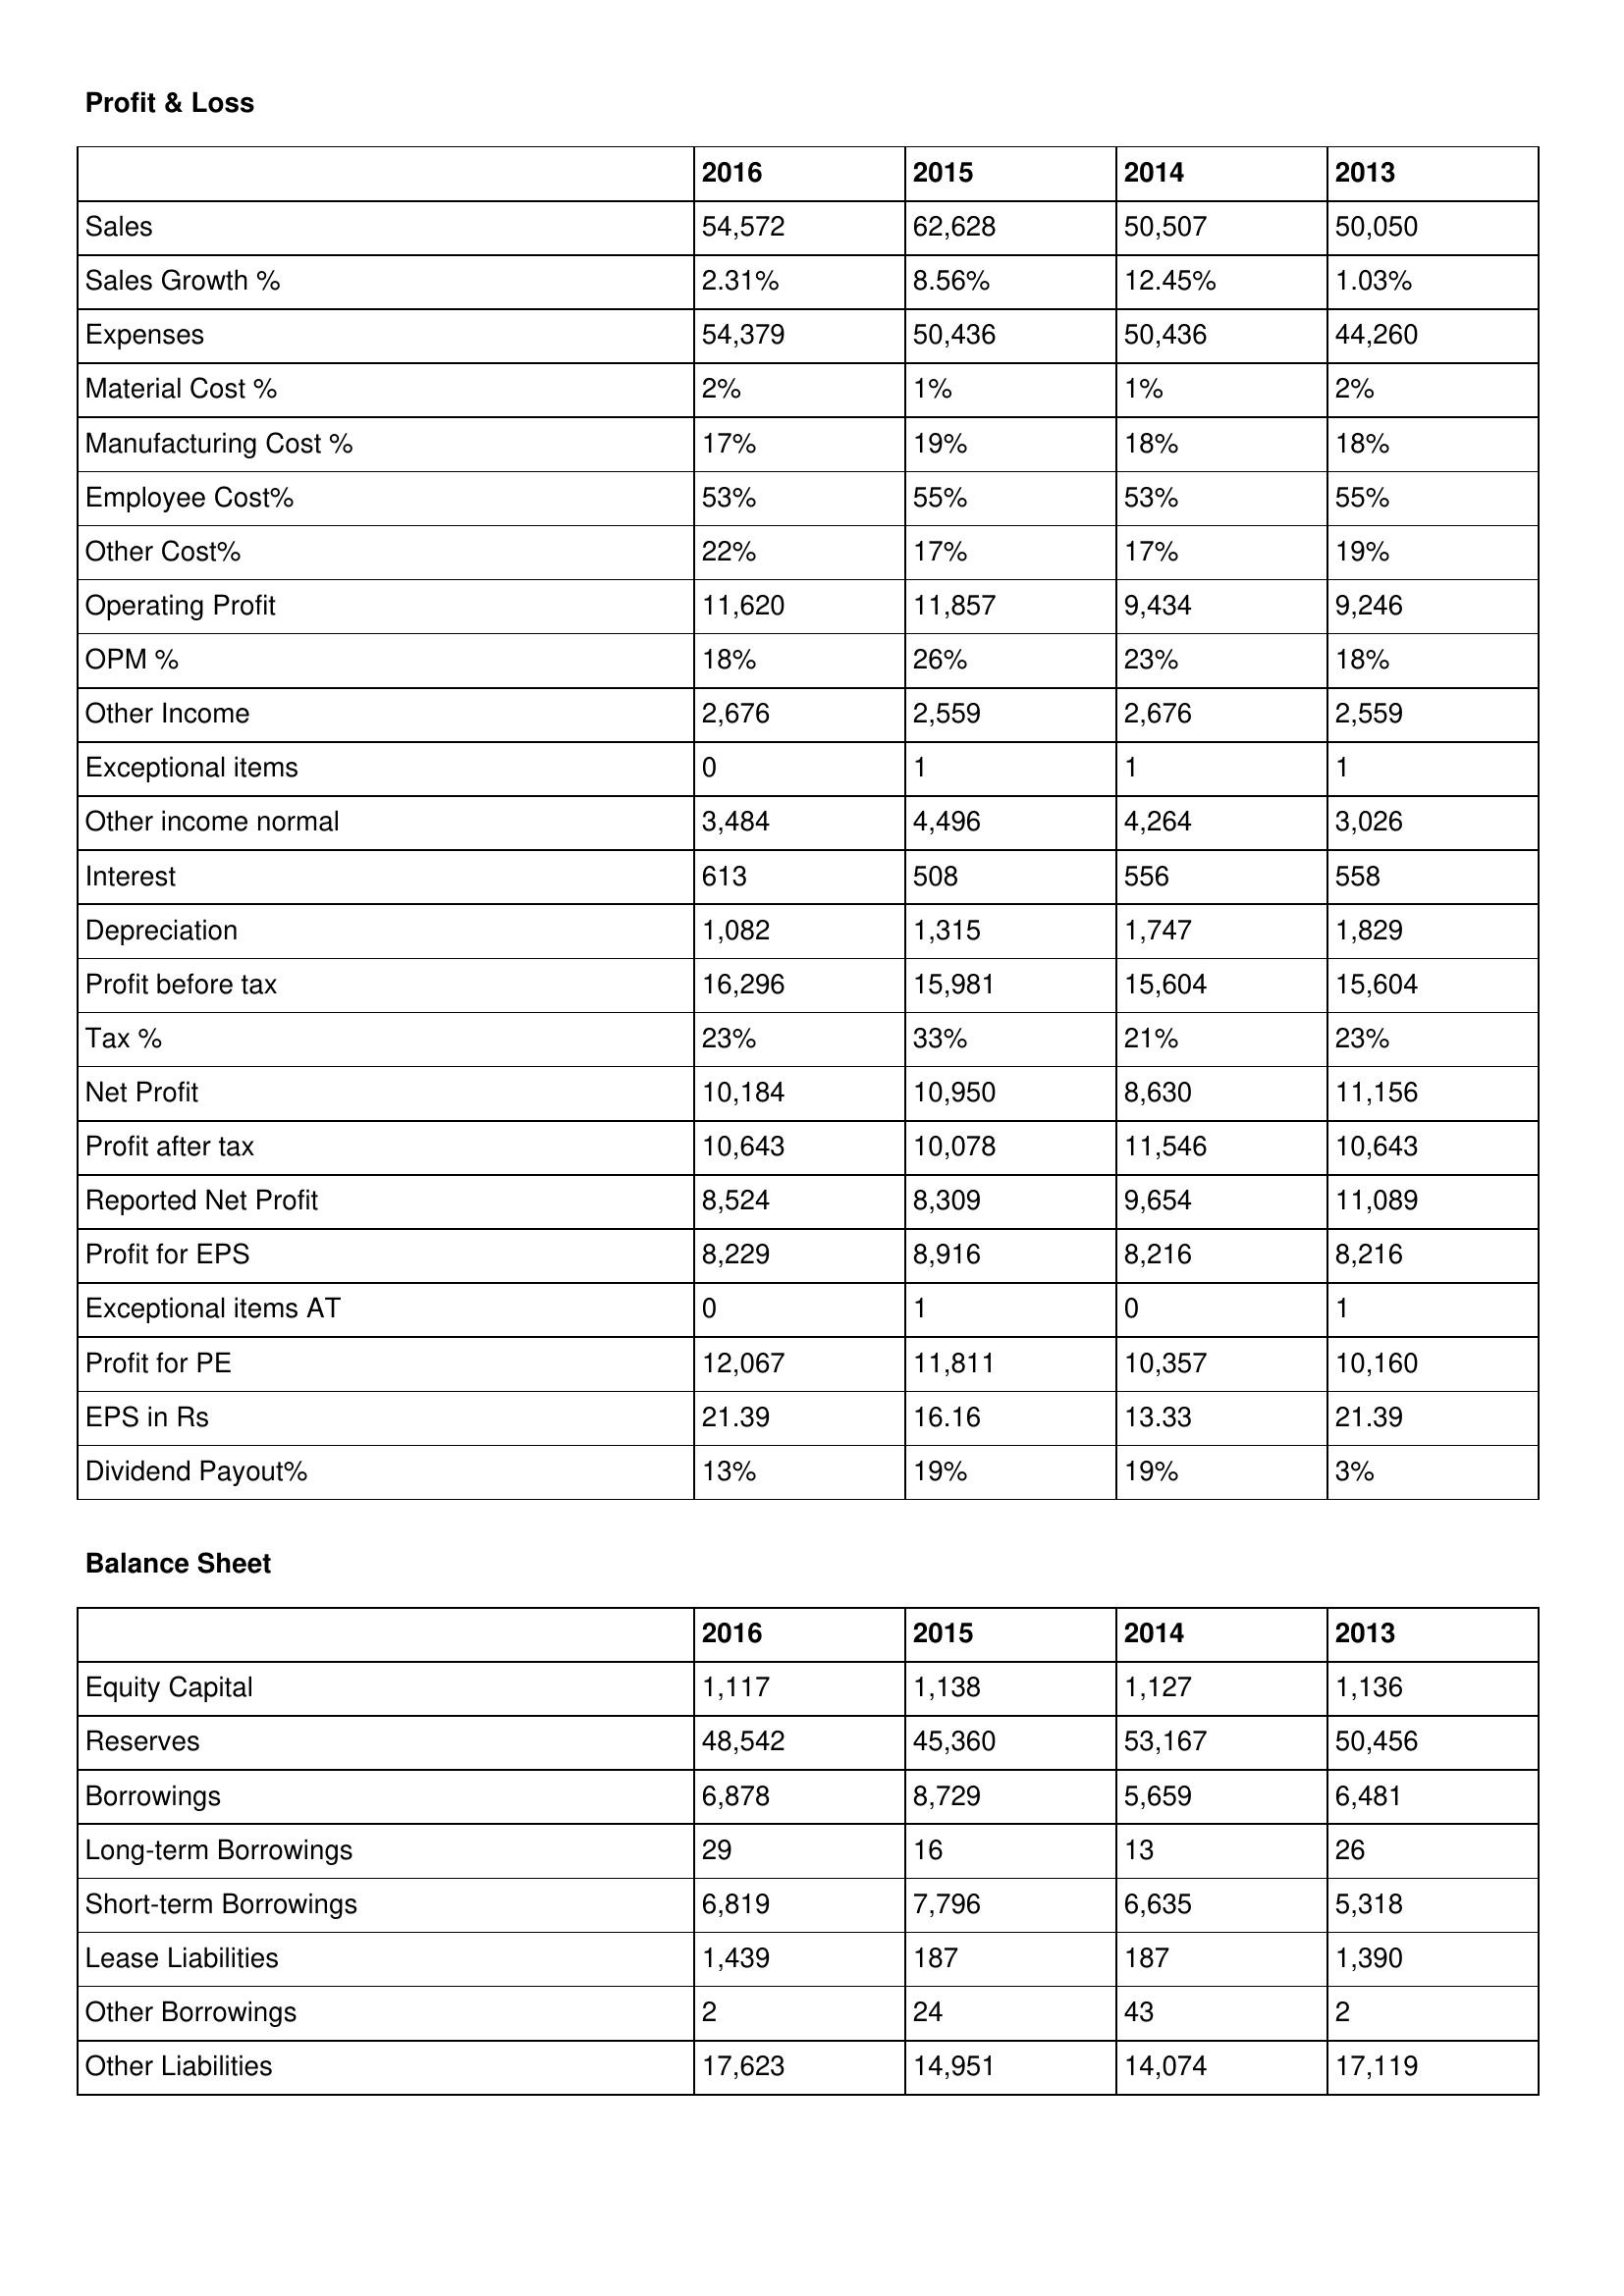
gt_parse: 2016: Profit & Loss: Sales: 54,572
Sales Growth %: 2.31%
Expenses: 54,379
Material Cost %: 2%
Manufacturing Cost %: 17%
Employee Cost%: 53%
Other Cost%: 22%
Operating Profit: 11,620
OPM %: 18%
Other Income: 2,676
Exceptional items: 0
Other income normal: 3,484
Interest: 613
Depreciation: 1,082
Profit before tax: 16,296
Tax %: 23%
Net Profit: 10,184
Profit after tax: 10,643
Reported Net Profit: 8,524
Profit for EPS: 8,229
Exceptional items AT: 0
Profit for PE: 12,067
EPS in Rs: 21.39
Dividend Payout%: 13%
Balance Sheet: Equity Capital: 1,117
Reserves: 48,542
Borrowings: 6,878
Long-term Borrowings: 29
Short-term Borrowings: 6,819
Lease Liabilities: 1,439
Other Borrowings: 2
Other Liabilities: 17,623
2015: Profit & Loss: Sales: 62,628
Sales Growth %: 8.56%
Expenses: 50,436
Material Cost %: 1%
Manufacturing Cost %: 19%
Employee Cost%: 55%
Other Cost%: 17%
Operating Profit: 11,857
OPM %: 26%
Other Income: 2,559
Exceptional items: 1
Other income normal: 4,496
Interest: 508
Depreciation: 1,315
Profit before tax: 15,981
Tax %: 33%
Net Profit: 10,950
Profit after tax: 10,078
Reported Net Profit: 8,309
Profit for EPS: 8,916
Exceptional items AT: 1
Profit for PE: 11,811
EPS in Rs: 16.16
Dividend Payout%: 19%
Balance Sheet: Equity Capital: 1,138
Reserves: 45,360
Borrowings: 8,729
Long-term Borrowings: 16
Short-term Borrowings: 7,796
Lease Liabilities: 187
Other Borrowings: 24
Other Liabilities: 14,951
2014: Profit & Loss: Sales: 50,507
Sales Growth %: 12.45%
Expenses: 50,436
Material Cost %: 1%
Manufacturing Cost %: 18%
Employee Cost%: 53%
Other Cost%: 17%
Operating Profit: 9,434
OPM %: 23%
Other Income: 2,676
Exceptional items: 1
Other income normal: 4,264
Interest: 556
Depreciation: 1,747
Profit before tax: 15,604
Tax %: 21%
Net Profit: 8,630
Profit after tax: 11,546
Reported Net Profit: 9,654
Profit for EPS: 8,216
Exceptional items AT: 0
Profit for PE: 10,357
EPS in Rs: 13.33
Dividend Payout%: 19%
Balance Sheet: Equity Capital: 1,127
Reserves: 53,167
Borrowings: 5,659
Long-term Borrowings: 13
Short-term Borrowings: 6,635
Lease Liabilities: 187
Other Borrowings: 43
Other Liabilities: 14,074
2013: Profit & Loss: Sales: 50,050
Sales Growth %: 1.03%
Expenses: 44,260
Material Cost %: 2%
Manufacturing Cost %: 18%
Employee Cost%: 55%
Other Cost%: 19%
Operating Profit: 9,246
OPM %: 18%
Other Income: 2,559
Exceptional items: 1
Other income normal: 3,026
Interest: 558
Depreciation: 1,829
Profit before tax: 15,604
Tax %: 23%
Net Profit: 11,156
Profit after tax: 10,643
Reported Net Profit: 11,089
Profit for EPS: 8,216
Exceptional items AT: 1
Profit for PE: 10,160
EPS in Rs: 21.39
Dividend Payout%: 3%
Balance Sheet: Equity Capital: 1,136
Reserves: 50,456
Borrowings: 6,481
Long-term Borrowings: 26
Short-term Borrowings: 5,318
Lease Liabilities: 1,390
Other Borrowings: 2
Other Liabilities: 17,119